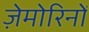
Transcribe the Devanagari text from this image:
ज़ेमोरिनों